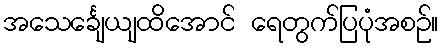
အသေင်္ချေယျထိအောင် ရေတွက်ပြပုံအစဉ်။